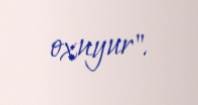
oxuyur".